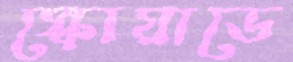
স্কোয়াডে